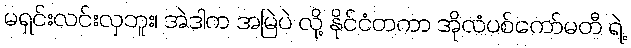
မရှင်းလင်းလှဘူး၊ အဲဒါက အမြဲပဲ လို့ နိုင်ငံတကာ အိုလံပစ်ကော်မတီ ရဲ့